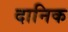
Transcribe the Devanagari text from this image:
दानिक